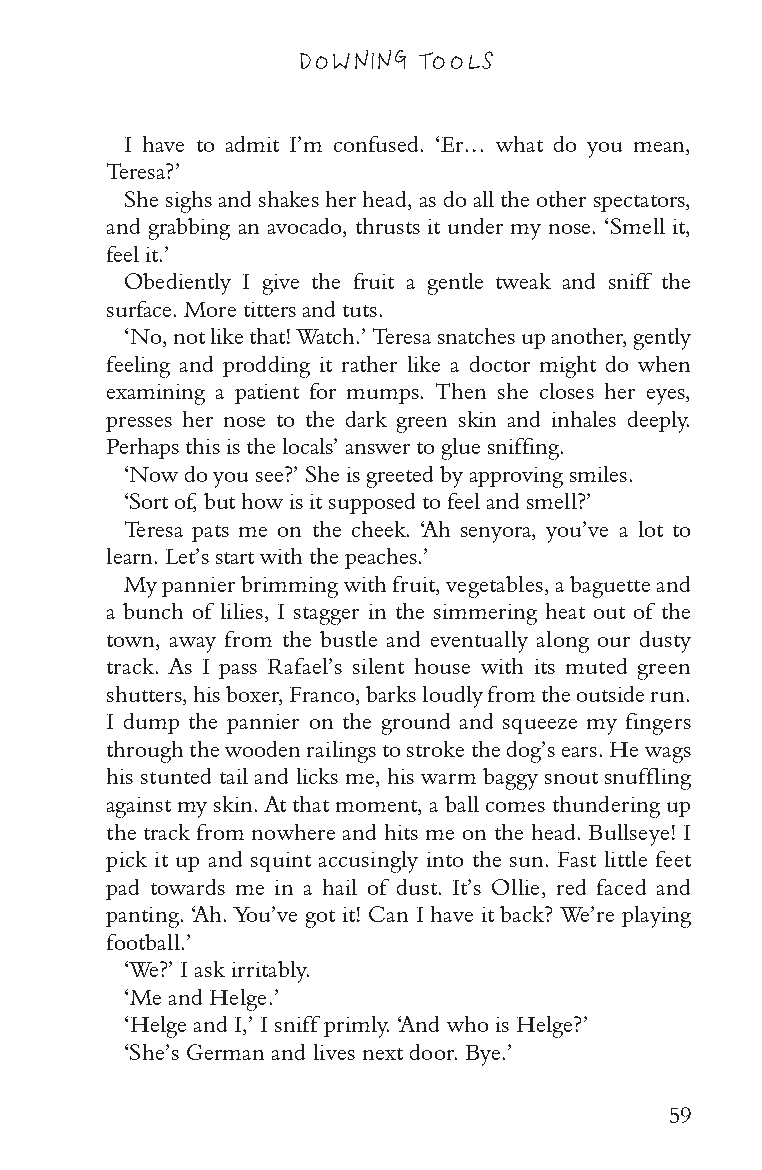
DOWNING TOOLS
 I have to admit I’m confused. ‘Er… what do you mean,
 Teresa?’
 She sighs and shakes her head, as do all the other spectators,
 and grabbing an avocado, thrusts it under my nose. ‘Smell it,
 feel it.’
 Obediently I give the fruit a gentle tweak and sniff the
 surface. More titters and tuts.
 ‘No, not like that! Watch.’ Teresa snatches up another, gently
 feeling and prodding it rather like a doctor might do when
 examining a patient for mumps. Then she closes her eyes,
 presses her nose to the dark green skin and inhales deeply.
 Perhaps this is the locals’ answer to glue sniffing.
 ‘Now do you see?’ She is greeted by approving smiles.
 ‘Sort of, but how is it supposed to feel and smell?’
 Teresa pats me on the cheek. ‘Ah senyora, you’ve a lot to
 learn. Let’s start with the peaches.’
 My pannier brimming with fruit, vegetables, a baguette and
 a bunch of lilies, I stagger in the simmering heat out of the
 town, away from the bustle and eventually along our dusty
 track. As I pass Rafael’s silent house with its muted green
 shutters, his boxer, Franco, barks loudly from the outside run.
 I dump the pannier on the ground and squeeze my fingers
 through the wooden railings to stroke the dog’s ears. He wags
 his stunted tail and licks me, his warm baggy snout snuffling
 against my skin. At that moment, a ball comes thundering up
 the track from nowhere and hits me on the head. Bullseye! I
 pick it up and squint accusingly into the sun. Fast little feet
 pad towards me in a hail of dust. It’s Ollie, red faced and
 panting. ‘Ah. You’ve got it! Can I have it back? We’re playing
 football.’
 ‘We?’ I ask irritably.
 ‘Me and Helge.’
 ‘Helge and I,’ I sniff primly. ‘And who is Helge?’
 ‘She’s German and lives next door. Bye.’
 59